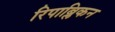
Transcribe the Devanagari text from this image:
रिपाब्लिकन